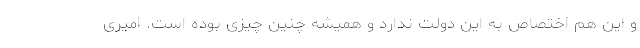
و این هم اختصاص به این دولت ندارد و همیشه چنین چیزی بوده است. امیری